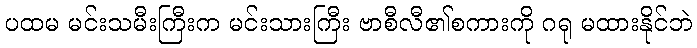
ပထမ မင်းသမီးကြီးက မင်းသားကြီး ဗာစီလီ၏စကားကို ဂရု မထားနိုင်ဘဲ